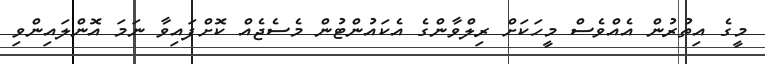
މީގެ އިތުރުން އެއްވެސް މީހަކަށް ރިލްވާންގެ އެކައުންޓުން މެސެޖެއް ކޮށްފައިވާ ނަމަ އޮންލައިންވި